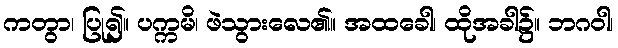
ကတွာ၊ ပြု၍။ ပက္ကမိ၊ ဖဲသွားလေ၏။ အထခေါ၊ ထိုအခါ၌။ ဘဂဝါ၊